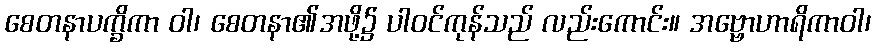
စေတနာပက္ခိကာ ဝါ၊ စေတနာ၏အဖို့၌ ပါဝင်ကုန်သည် လည်းကောင်း။ အဗ္ဗောဟာရိကာဝါ၊